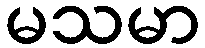
မသမာ